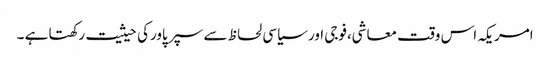
امریکہ اس وقت معاشی،فوجی اور سیاسی لحاظ سے سپر پاورکی حیثیت رکھتا ہے ۔